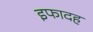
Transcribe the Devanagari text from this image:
इफादह